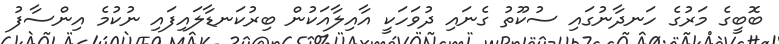
ބޮބީގެ މަރުގެ ހަނދާނުގައި ސުކޫތު ގެނައި ދުވަހަކީ އާއިލާއަކުން ބިރުކަނޑާލައިފައި ނުކުމެ އިންސާފު